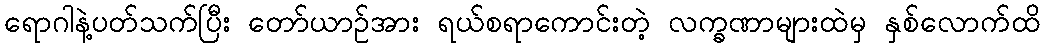
ရောဂါနဲ့ပတ်သက်ပြီး တော်ယာဉ်အား ရယ်စရာကောင်းတဲ့ လက္ခဏာများထဲမှ နှစ်လောက်ထိ